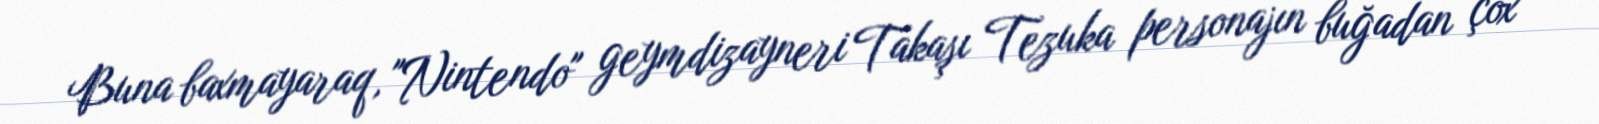
Buna baxmayaraq, "Nintendo" geymdizayneri Takaşı Tezuka personajın buğadan çox